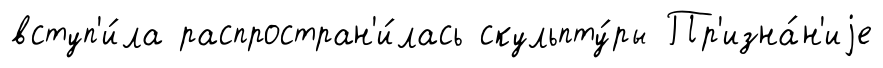
вступ'и́ла распростран'и́лась скульпту́ры Пр'изна́н'иjе